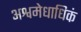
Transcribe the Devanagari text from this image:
अश्वमेधाधिकं